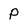
Character: P